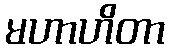
မဟာဟိတာ